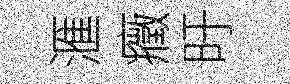
滙癥旴